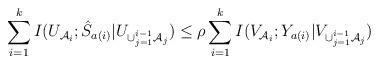
LaTeX: \begin{align*}\sum\limits_{i=1}^kI(U_{\mathcal{A}_i};\hat{S}_{a(i)}|U_{\cup_{j=1}^{i-1}\mathcal{A}_j})\leq\rho\sum\limits_{i=1}^kI(V_{\mathcal{A}_i};Y_{a(i)}|V_{\cup_{j=1}^{i-1}\mathcal{A}_j})\end{align*}